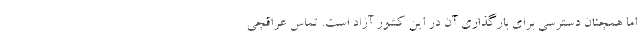
اما همچنان دسترسی برای بارگذاری آن در این کشور آزاد است. تماس عراقچی